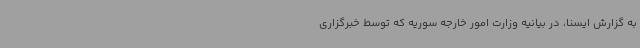
به گزارش ایسنا، در بیانیه‌ وزارت امور خارجه سوریه که توسط خبرگزاری